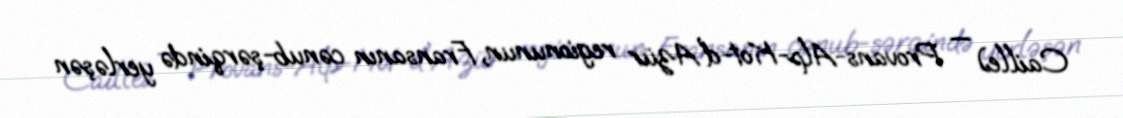
Caille) — Provans-Alp-Kot-d'Azür regionunun, Fransanın cənub-şərqində yerləşən